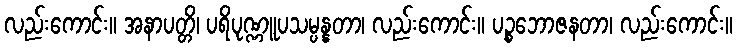
လည်းကောင်း။ အနာပတ္တိ၊ ပရိပုဏ္ဏူပသမ္ပန္နတာ၊ လည်းကောင်း။ ပဉ္စဘောဇနတာ၊ လည်းကောင်း။